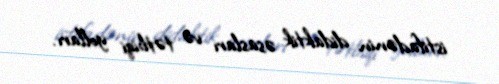
istifadənin didaktik əsasları və tətbiqi yolları.